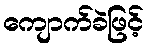
ကျောက်ခဲဖြင့်